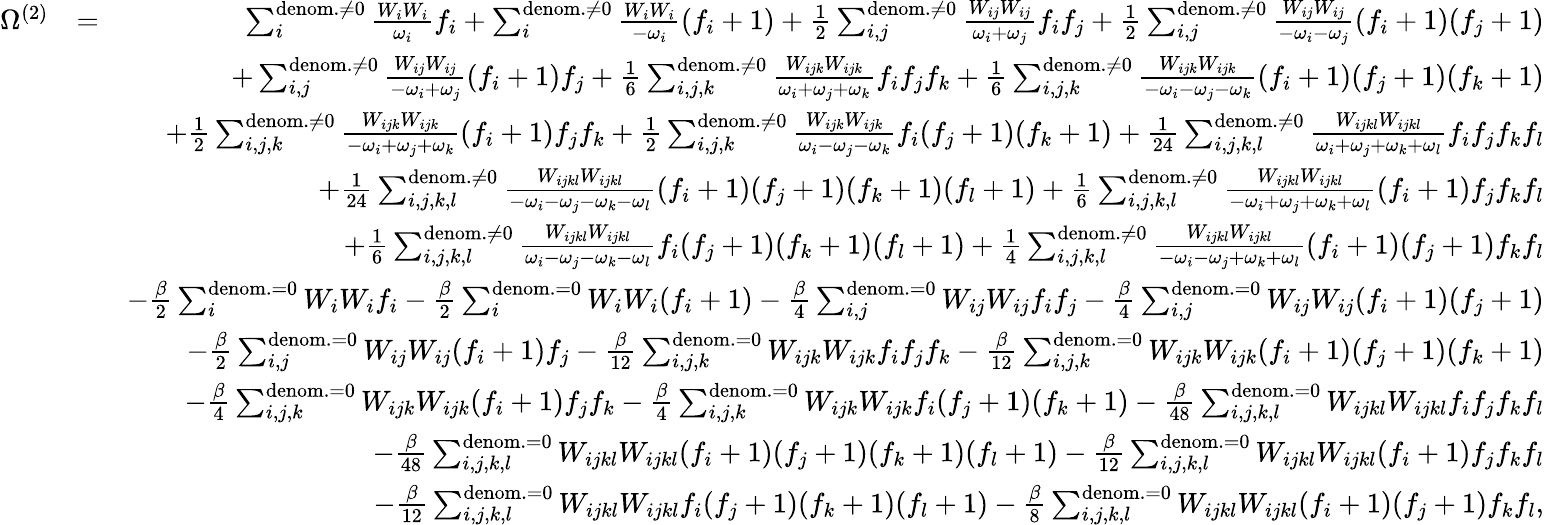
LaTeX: \begin{array}{rlr}{\Omega^{(2)}}&{=}&{\sum_{i}^{\mathrm{denom.}\neq 0}\frac{W_{i}W_{i}}{\omega_{i}}f_{i}+\sum_{i}^{\mathrm{denom.}\neq 0}\frac{W_{i}W_{i}}{-\omega_{i}}(f_{i}+1)+\frac{1}{2}\sum_{i,j}^{\mathrm{denom.}\neq 0}\frac{W_{ij}W_{ij}}{\omega_{i}+\omega_{j}}f_{i}f_{j}+\frac{1}{2}\sum_{i,j}^{\mathrm{denom.}\neq 0}\frac{W_{ij}W_{ij}}{-\omega_{i}-\omega_{j}}(f_{i}+1)(f_{j}+1)}\\ &{}&{+\sum_{i,j}^{\mathrm{denom.}\neq 0}\frac{W_{ij}W_{ij}}{-\omega_{i}+\omega_{j}}(f_{i}+1)f_{j}+\frac{1}{6}\sum_{i,j,k}^{\mathrm{denom.\neq 0}}\frac{W_{ijk}W_{ijk}}{\omega_{i}+\omega_{j}+\omega_{k}}f_{i}f_{j}f_{k}+\frac{1}{6}\sum_{i,j,k}^{\mathrm{denom.\neq 0}}\frac{W_{ijk}W_{ijk}}{-\omega_{i}-\omega_{j}-\omega_{k}}(f_{i}+1)(f_{j}+1)(f_{k}+1)}\\ &{}&{+\frac{1}{2}\sum_{i,j,k}^{\mathrm{denom.\neq 0}}\frac{W_{ijk}W_{ijk}}{-\omega_{i}+\omega_{j}+\omega_{k}}(f_{i}+1)f_{j}f_{k}+\frac{1}{2}\sum_{i,j,k}^{\mathrm{denom.\neq 0}}\frac{W_{ijk}W_{ijk}}{\omega_{i}-\omega_{j}-\omega_{k}}f_{i}(f_{j}+1)(f_{k}+1)+\frac{1}{24}\sum_{i,j,k,l}^{\mathrm{denom.}\neq 0}\frac{W_{ijkl}W_{ijkl}}{\omega_{i}+\omega_{j}+\omega_{k}+\omega_{l}}f_{i}f_{j}f_{k}f_{l}}\\ &{}&{+\frac{1}{24}\sum_{i,j,k,l}^{\mathrm{denom.}\neq 0}\frac{W_{ijkl}W_{ijkl}}{-\omega_{i}-\omega_{j}-\omega_{k}-\omega_{l}}(f_{i}+1)(f_{j}+1)(f_{k}+1)(f_{l}+1)+\frac{1}{6}\sum_{i,j,k,l}^{\mathrm{denom.}\neq 0}\frac{W_{ijkl}W_{ijkl}}{-\omega_{i}+\omega_{j}+\omega_{k}+\omega_{l}}(f_{i}+1)f_{j}f_{k}f_{l}}\\ &{}&{+\frac{1}{6}\sum_{i,j,k,l}^{\mathrm{denom.}\neq 0}\frac{W_{ijkl}W_{ijkl}}{\omega_{i}-\omega_{j}-\omega_{k}-\omega_{l}}f_{i}(f_{j}+1)(f_{k}+1)(f_{l}+1)+\frac{1}{4}\sum_{i,j,k,l}^{\mathrm{denom.}\neq 0}\frac{W_{ijkl}W_{ijkl}}{-\omega_{i}-\omega_{j}+\omega_{k}+\omega_{l}}(f_{i}+1)(f_{j}+1)f_{k}f_{l}}\\ &{}&{-\frac{\beta}{2}\sum_{i}^{\mathrm{denom.}=0}W_{i}W_{i}{f_{i}}-\frac{\beta}{2}\sum_{i}^{\mathrm{denom.}=0}W_{i}W_{i}{(f_{i}+1})-\frac{\beta}{4}\sum_{i,j}^{\mathrm{denom.}=0}W_{ij}W_{ij}f_{i}f_{j}-\frac{\beta}{4}\sum_{i,j}^{\mathrm{denom.}=0}W_{ij}W_{ij}(f_{i}+1)(f_{j}+1)}\\ &{}&{-\frac{\beta}{2}\sum_{i,j}^{\mathrm{denom.}=0}W_{ij}W_{ij}{(f_{i}+1)f_{j}}-\frac{\beta}{12}\sum_{i,j,k}^{\mathrm{denom.=0}}W_{ijk}W_{ijk}{f_{i}f_{j}f_{k}}-\frac{\beta}{12}\sum_{i,j,k}^{\mathrm{denom.=0}}W_{ijk}W_{ijk}{(f_{i}+1)(f_{j}+1)(f_{k}+1)}}\\ &{}&{-\frac{\beta}{4}\sum_{i,j,k}^{\mathrm{denom.=0}}W_{ijk}W_{ijk}{(f_{i}+1)f_{j}f_{k}}-\frac{\beta}{4}\sum_{i,j,k}^{\mathrm{denom.=0}}W_{ijk}W_{ijk}{f_{i}(f_{j}+1)(f_{k}+1)}-\frac{\beta}{48}\sum_{i,j,k,l}^{\mathrm{denom.}=0}W_{ijkl}W_{ijkl}f_{i}f_{j}f_{k}f_{l}}\\ &{}&{-\frac{\beta}{48}\sum_{i,j,k,l}^{\mathrm{denom.}=0}W_{ijkl}W_{ijkl}(f_{i}+1)(f_{j}+1)(f_{k}+1)(f_{l}+1)-\frac{\beta}{12}\sum_{i,j,k,l}^{\mathrm{denom.}=0}W_{ijkl}W_{ijkl}(f_{i}+1)f_{j}f_{k}f_{l}}\\ &{}&{-\frac{\beta}{12}\sum_{i,j,k,l}^{\mathrm{denom.}=0}W_{ijkl}W_{ijkl}f_{i}(f_{j}+1)(f_{k}+1)(f_{l}+1)-\frac{\beta}{8}\sum_{i,j,k,l}^{\mathrm{denom.}=0}W_{ijkl}W_{ijkl}(f_{i}+1)(f_{j}+1)f_{k}f_{l},}\end{array}